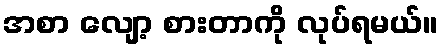
အစာ လျော့ စားတာကို လုပ်ရမယ်။